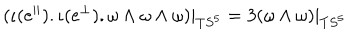
LaTeX: ( \iota ( e ^ { | | } ) . \iota ( e ^ { \perp } ) . \omega \wedge \omega \wedge \omega ) | _ { T S ^ { 5 } } = 3 ( \omega \wedge \omega ) | _ { T S ^ { 5 } }